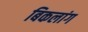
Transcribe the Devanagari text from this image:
बिकलांग